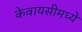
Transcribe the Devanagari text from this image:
केवायसीमध्ये